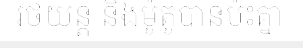
រថយន្ត និងម៉ូតូបានប៉ះគ្នា